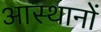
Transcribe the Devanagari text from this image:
आस्थानों